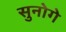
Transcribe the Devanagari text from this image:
सुनोगे